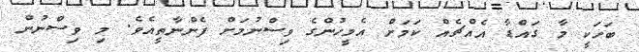
ބަހަކީ މާ ގައްޑާ އެއްޗެއް ކަމަށް އެމީހުންގެ ވިސްނުމަށް ފެންނާތީއެވެ. މި ވިސްނުން